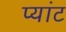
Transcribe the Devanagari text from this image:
प्यांट